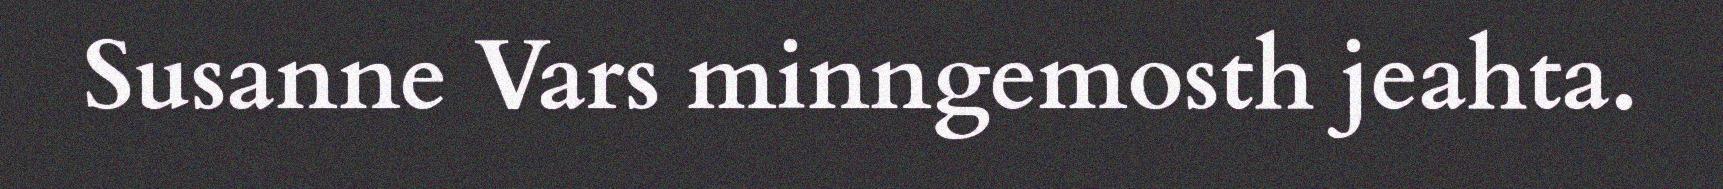
Susanne Vars minngemosth jeahta.